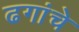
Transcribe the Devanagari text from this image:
ढगांचे